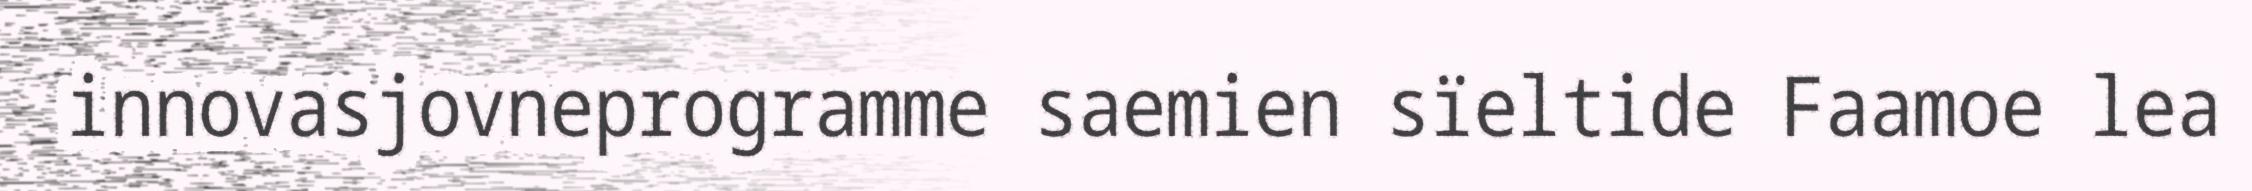
innovasjovneprogramme saemien sïeltide Faamoe lea